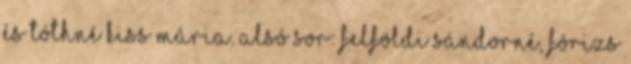
és Tóthné Kiss Mária. Alsó sor: Felföldi Sándorné, Fórizs